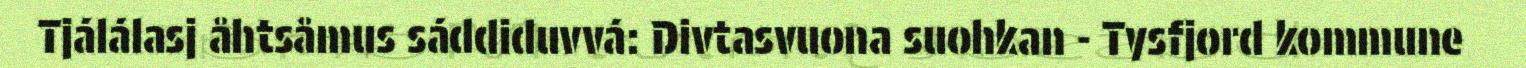
Tjálálasj åhtsåmus sáddiduvvá: Divtasvuona suohkan - Tysfjord kommune